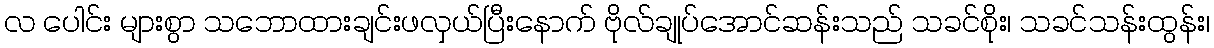
လ ပေါင်း များစွာ သဘောထားချင်းဖလှယ်ပြီးနောက် ဗိုလ်ချုပ်အောင်ဆန်းသည် သခင်စိုး၊ သခင်သန်းထွန်း၊